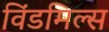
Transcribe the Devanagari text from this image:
विंडमिल्स